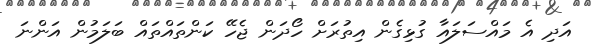
އަދި އެ މައްސަލައާ ގުޅިގެން އިތުރަށް ހޯދަން ޖެހޭ ކަންތައްތައް ބަލަމުން އަންނަ